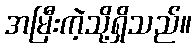
အမြီးကဲ့သို့ရှိသည်။